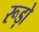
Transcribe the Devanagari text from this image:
रूड़ो